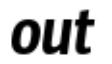
out